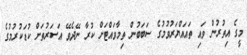
މީގެ އިތުރުން ވައި ތައައްޔަރުވުމުގެ ސަބަބުން ތިމާވައްޓަށް ކުރާ ނޭދެވޭ އަސަރުތަށް ކުޑަކުރުމުގެ